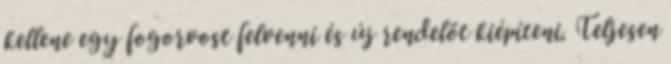
kellene egy fogorvost felvenni és új rendelőt kiépíteni. Teljesen